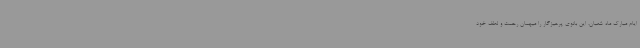
ایام مبارک ماه شعبان، این بانوی پرهیزگار را میهمان رحمت و لطف خود